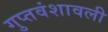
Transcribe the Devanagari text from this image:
गुप्तवंशावली